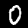
Label: 0